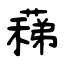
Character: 蕛